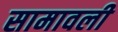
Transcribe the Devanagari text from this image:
सामावली